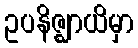
ဥပနိဇ္ဈာယိမှာ